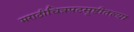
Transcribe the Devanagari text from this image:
मराठीचित्रपटसृष्टीतल्या